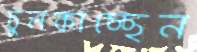
চুলকাচ্ছেন